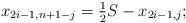
LaTeX: \begin{align*} x_{2i-1,n+1-j} = \tfrac{1}{2} S - x_{2i-1,j};\end{align*}